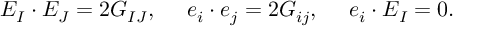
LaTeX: E _ { I } \cdot E _ { J } = 2 G _ { I J } , \ \ \ \ e _ { i } \cdot e _ { j } = 2 G _ { i j } , \ \ \ \ e _ { i } \cdot E _ { I } = 0 .